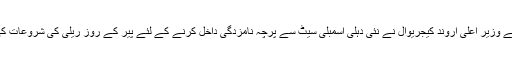
دہلی کے وزیر اعلی اروند کیجریوال نے نئی دہلی اسمبلی سیٹ سے پرچہ نامزدگی داخل کرنے کے لئے پیر کے روز ریلی کی شروعات کی تھی۔